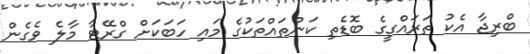
ބްރިޖާ އެކު ތަރައްގީގެ ބޮޑެތި ކަންތައްތަކުގެ މައި ހަބަކަށް ގްރޭޓާ މާލެ ވެގެން